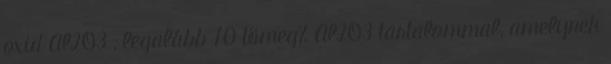
oxid Al2O3 , legalább 70 tömeg% Al2O3 tartalommal, amelynek